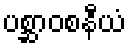
ပစ္ဆာဝစနီယံ